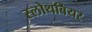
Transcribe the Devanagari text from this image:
स्लोथबियर